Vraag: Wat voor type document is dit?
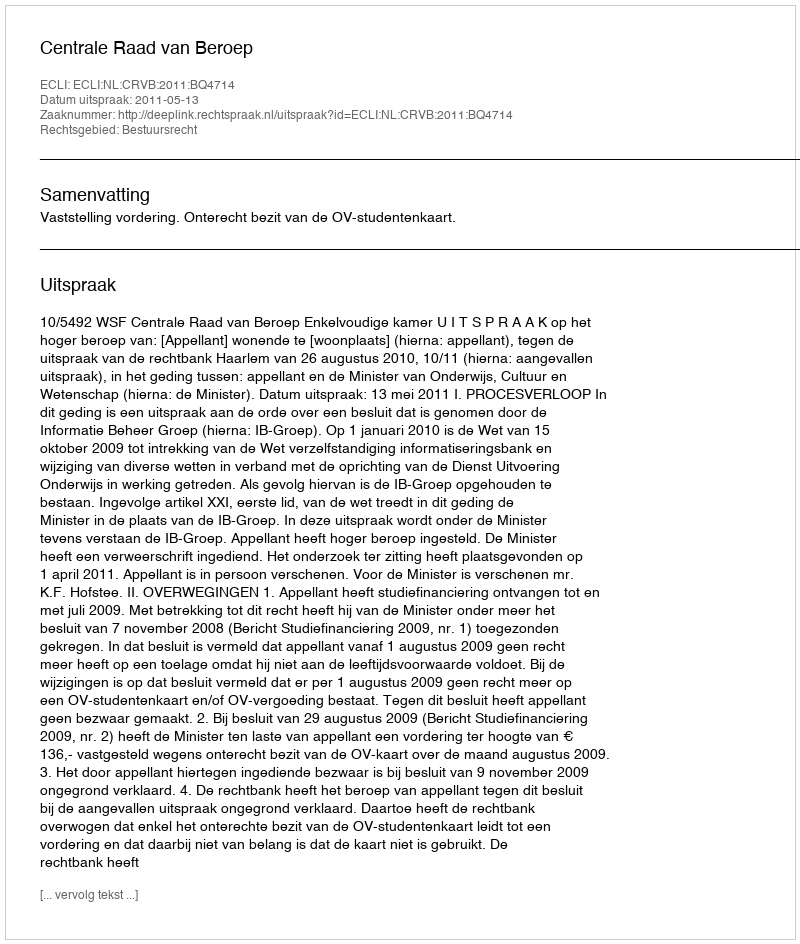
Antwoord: Uitspraak